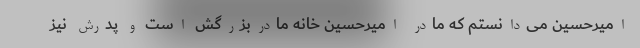
امیرحسین می‌دانستم که مادر امیرحسین خانه مادربزرگش است و پدرش نیز